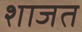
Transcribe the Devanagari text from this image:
शाजत